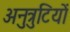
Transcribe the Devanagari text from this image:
अनुत्रुटियों